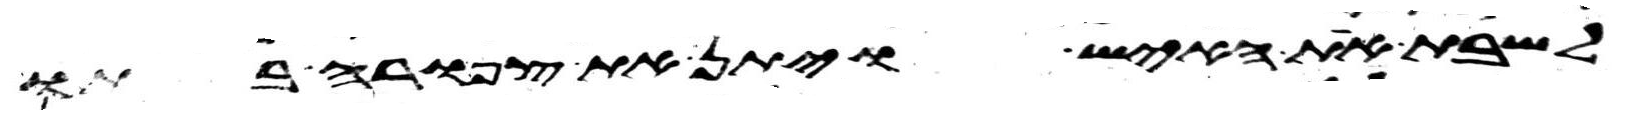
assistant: לשבת את האיש ויתן את צפורה בתו